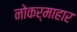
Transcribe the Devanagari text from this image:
नोकर्माहार